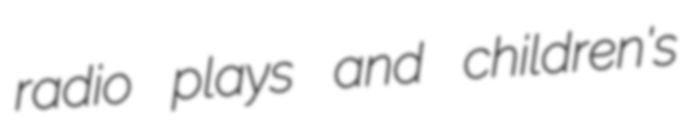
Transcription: radio plays and children's